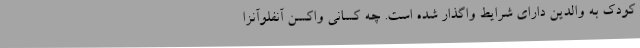
کودک به والدین دارای شرایط واگذار شده است. چه کسانی واکسن آنفلوآنزا